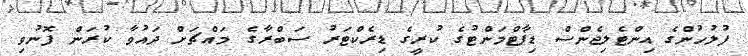
ފުލުހުންގެ އިންޓެލިޖެންސް ޑިޕާޓްމަންޓުގެ ކުރީގެ ޑިރެކްޓަރު ސަބްރާގެ މައްޗަށް ދައުވާ ކުރަން ފޮނުވި